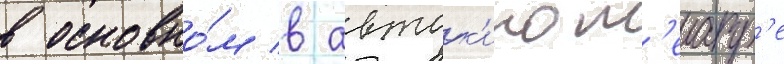
в основно́м в авток'инот'еатр'е